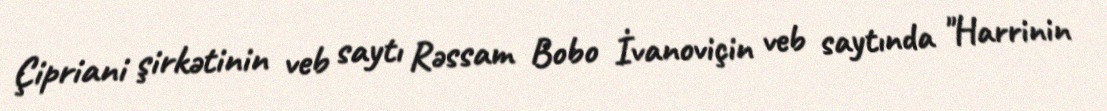
Çipriani şirkətinin veb saytı Rəssam Bobo İvanoviçin veb saytında "Harrinin